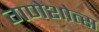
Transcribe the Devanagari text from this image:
गणेशोत्स